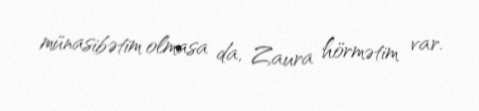
münasibətim olmasa da, Zaura hörmətim var.